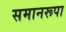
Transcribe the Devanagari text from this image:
समानरूपा